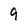
Character: 9